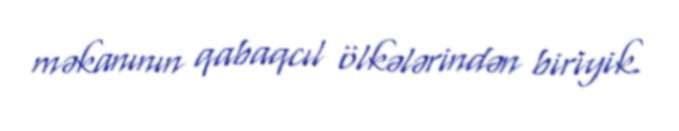
məkanının qabaqcıl ölkələrindən biriyik.